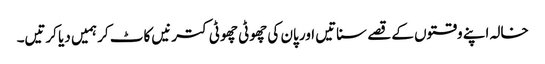
خالہ اپنے وقتوں کے قصے سناتیں اور پان کی چھوٹی چھوٹی کترنیں کاٹ کر ہمیں دیا کرتیں۔